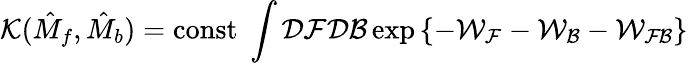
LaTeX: {\mathcal{K}}(\hat{M}_{f},\hat{M}_{b})=\mathrm{const}\; \int{\mathcal{D}}{\mathcal{F}}{\mathcal{D}}{\mathcal{B}}\exp\left\{ -{\mathcal{W_{F}}}-{\mathcal{W_{B}}}-{\mathcal{W_{FB}}}\right\}